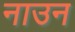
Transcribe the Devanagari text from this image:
नाउन